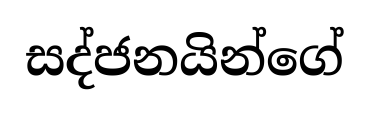
සද්ජනයින්ගේ